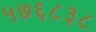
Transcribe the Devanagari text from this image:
५७६८३८